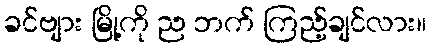
ခင်ဗျား မြို့ကို ည ဘက် ကြည့်ချင်လား။